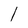
Character: l